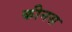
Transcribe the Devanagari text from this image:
कीनस